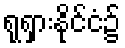
ရုရှားနိုင်ငံ၌